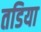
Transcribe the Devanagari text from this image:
तडिया